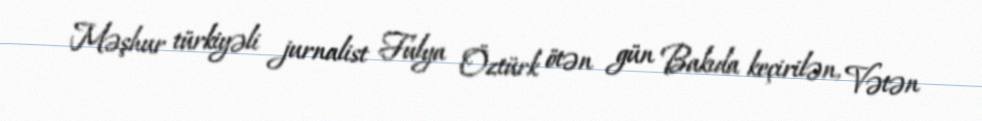
Məşhur türkiyəli jurnalist Fulya Öztürk ötən gün Bakıda keçirilən, Vətən